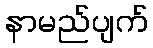
နာမည်ပျက်